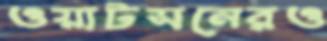
ওয়াটসনেরও